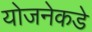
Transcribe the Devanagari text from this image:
योजनेकडे